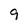
Character: 9